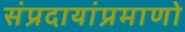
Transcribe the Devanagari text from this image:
संप्रदायांप्रमाणो